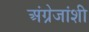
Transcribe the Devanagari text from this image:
अंग्रेजांशी